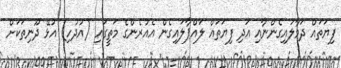
ފިޔަތައް ދަމާލައިގެންނާއި އަދި ފިޔަތައް ލައްޕާލައިގެން އެއުރެންގެ މަތީގައި (އުދުހި) އުޅޭ ދޫނިތަކަށް